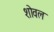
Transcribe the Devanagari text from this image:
शोवल